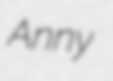
Anny